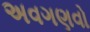
અવગણવો